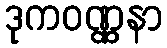
ဒုကဝဏ္ဏနာ